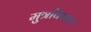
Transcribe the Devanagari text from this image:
मुत्रविकार